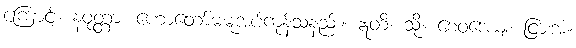
ကြောင့်။ နဝုတ္တာ၊ ဟောတော်မမူအပ်ကုန်သနည်း။ ဣတိ၊ သို့။ စေဝဒေယျ၊ ငြားအံ့။